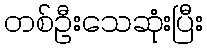
တစ်ဦးသေဆုံးပြီး